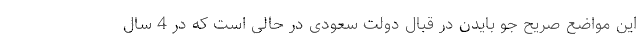
این مواضع صریح جو بایدن در قبال دولت سعودی در حالی است که در 4 سال